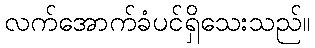
လက်အောက်ခံပင်ရှိသေးသည်။